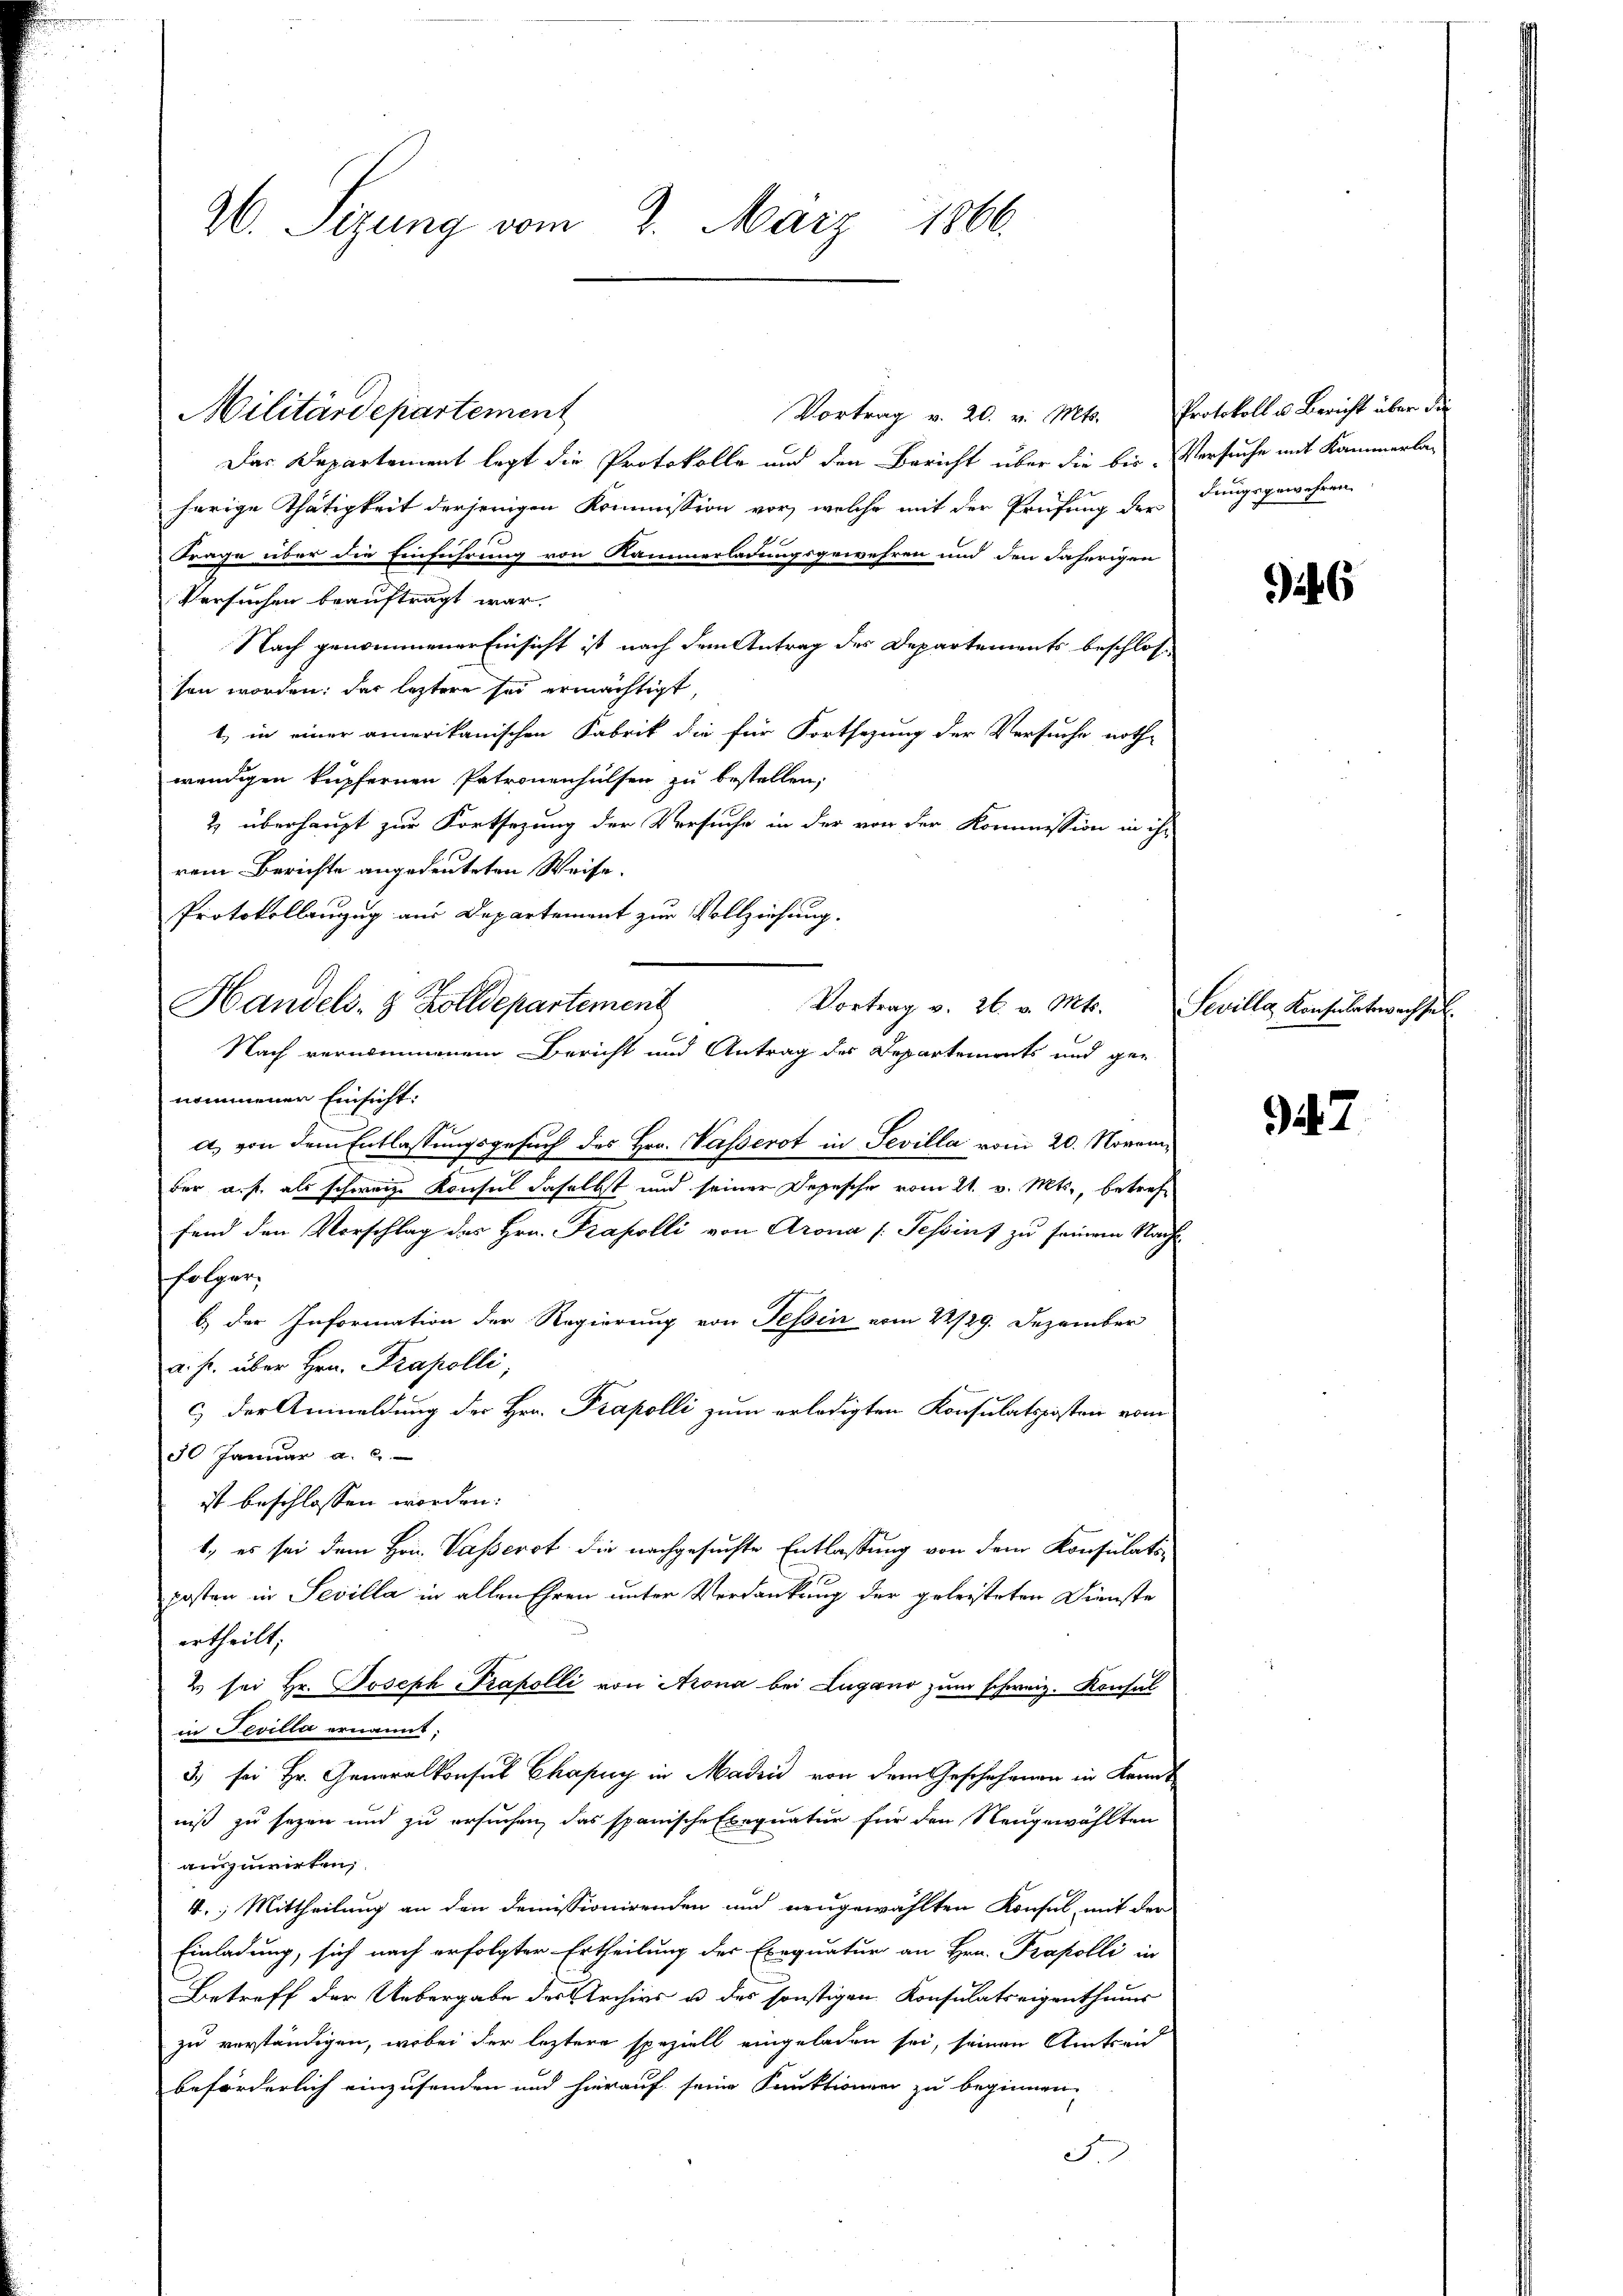
26. Sizung vom 2. März 1866.

Vortrag v. 20. v. Mts. Protokoll u. Bericht über die
Das Departement legt die Protokolle und den Bericht über die bis Versuche mit Kammerla-
herige Thätigkeit derjenigen Kommission vor, welche mit der Prüfung der dungsgewehren
4
Frage über die Einführung von Kammerladungsgewehren und den daherigen
Versuchen beauftragt war.
Nach genommener Einsicht ist nach dem Antrag des Departements beschlos
sen worden: das leztere sei ermächtigt,
t,) in einer amerikanischen Fabrik die für Fortsezung der Versuche noth-
wendigen kupfernen Petronenhülfen zu bestellen.
2 überhaupt zur Fortsezung der Versuche in der von der Kommission in ihr
rem Berichte angedeuteten Weise.
Protokollenzug aus Departement zur Vollziehung.
nommenen Einsicht:
a) von dem Entlassungsgesuch des Hrn. Passerot in Sevilla vom 20. November a. f. als schweiz. Konsul daselbst und seiner Depesche vom 21. v. Mts., betreffend den Vorschlag des Hrn. Prapolli von Arona [Schinz zu seinem Nachfolger.
b.) der Information der Regierung von Tessin vom 22/29. Dezember
a.h. über Hrn. Prapelli,
c) der Anmeldung der Hrn. Prapolli zum erledigten Konsulatsposten vom
30 Januar a. c.
ist beschlossen worden.
1.) es sei dem Hrn. Passerst die nachgesuchte Entlassung von dem Konsulatiposten in Sevilla in allen Ehren unter Verdankung der geleisteten Dienste
ertheilt;
2 sei Hr. Joseph Prakolli von Arona bei Lugano zum schweiz. Konsul
in Sevilla ernannt.
3) sei Hr. Generalkonsul Chapuy in Madin von dem Geschehenen in Kranniß zu sezen und zu ersuchen, das spanische Exequatur für den Neugewählten
auszuwirten;
4., Mittheilung an den demissionirenden und neugewählten Konsul, mit der
Einladung, sich nach erfolgter Ertheilung des Exequatur an Hrn. Propolli in
Betreff der Uebergabe des Archivs u des sonstigen Konsulatseigenthums
zu verständigen, wobei der leztere speziell eingeladen sei, seinen Amtseid
beförderlich einzusenden und hierauf seine Funktionen zu beginnen.
F

Militärdepartement

Handels. 8 Zolldepartement

Vortrag v. 26. v. Mts.
Nach vernommenem Bericht und Antrag des Departements und ge-

6

Sevilla Konsulatswachsel.

97